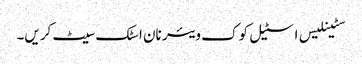
سٹینلیس اسٹیل کوک ویئر نان اسٹک سیٹ کریں۔